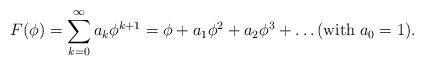
LaTeX: \begin{align*}F(\phi) = \sum_{k=0}^{\infty} a_k\phi^{k+1} = \phi + a_1 \phi^2 + a_2 \phi^3 + \ldots (\mathrm{with} \; a_0=1). \end{align*}